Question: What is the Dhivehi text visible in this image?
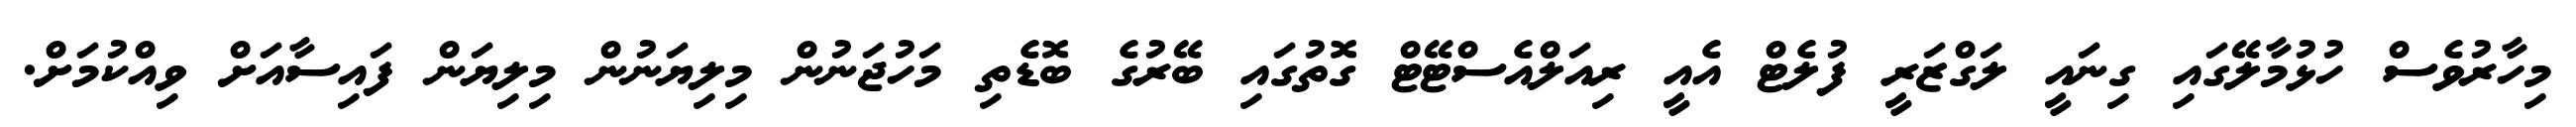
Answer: މިހާރުވެސް ހުޅުމާލޭގައި ގިނައީ ލަގްޒަރީ ފުލެޓް އެއީ ރިއަލްއެސްޓޭޓް ގޮތުގައި ބޭރުގެ ބޮޑެތި މަހުޖަނުން މިލިޔަނުން މިލިޔަން ފައިސާއަށް ވިއްކުމަށް.